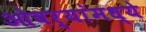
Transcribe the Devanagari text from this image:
ओवर्‍यांमध्ये